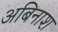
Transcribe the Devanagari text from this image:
अबिनाश